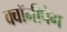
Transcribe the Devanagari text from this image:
क्वॉनीपेग